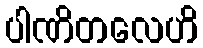
ပါဏိတလေဟိ